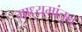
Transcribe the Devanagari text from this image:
माध्यमांतुन